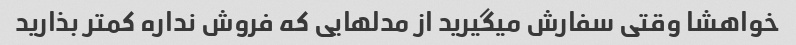
خواهشا وقتی سفارش میگیرید از مدلهایی که فروش نداره کمتر بذارید